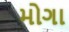
મોગા